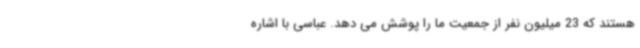
هستند که 23 میلیون نفر از جمعیت ما را پوشش می دهد. عباسی با اشاره